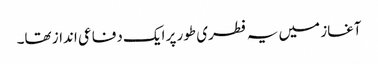
آغاز میں یہ فطری طور پر ایک دفاعی انداز تھا۔